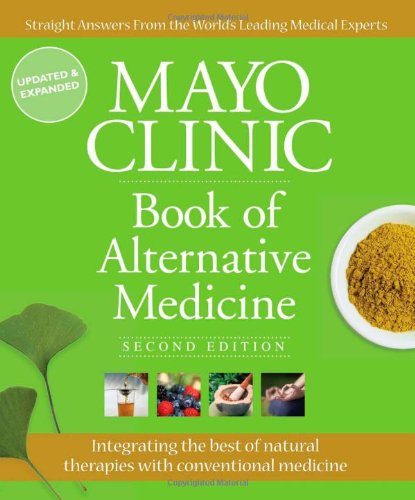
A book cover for Mayo Clinic Book of Alternative Medicine, 2nd Edition (Updated and Expanded): Integrating the Best of Natural Therapies with Conventional Medicine; Mayo Clinic; Health, Fitness & Dieting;